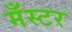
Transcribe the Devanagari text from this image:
मँस्टर